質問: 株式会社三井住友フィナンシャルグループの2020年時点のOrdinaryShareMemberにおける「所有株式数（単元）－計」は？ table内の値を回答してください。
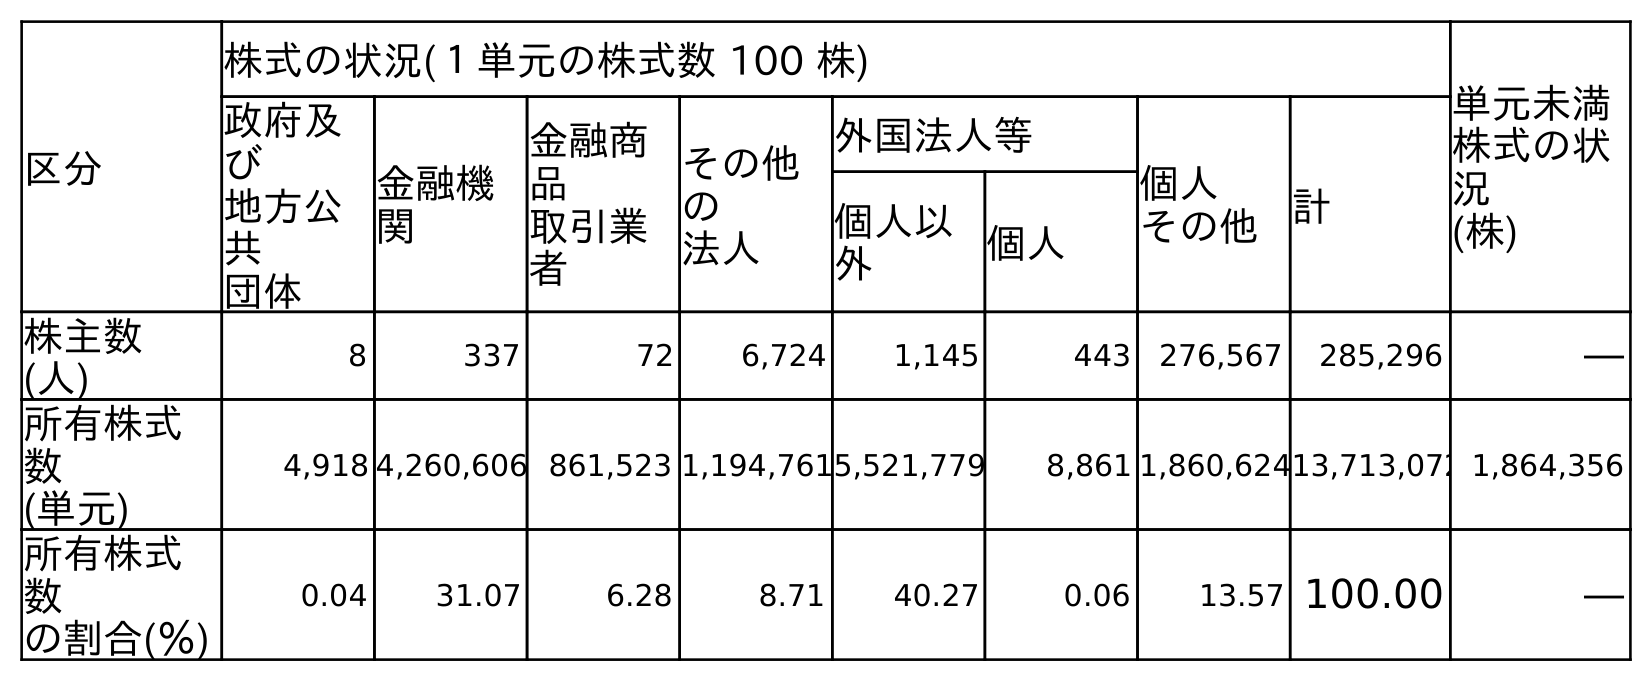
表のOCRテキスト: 区分 株式の状況(１単元の株式数 100 株) 単元未満 株式の状 況 (株) 政府及 び 地方公 共 団体 金融機 関 金融商 品 取引業 者 その他 の 法人 外国法人等 個人 その他 計 個人以 外 個人 株主数 (人) 8 337 72 6,724 1,145 443 276,567 285,296 ― 所有株式 数 (単元) 4,918 4,260,606 861,523 1,194,7615,521,779 8,861 1,860,62413,713,072 1,864,356 所有株式 数 の割合(％) 0.04 31.07 6.28 8.71 40.27 0.06 13.57 100.00 ―
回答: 13,713,072